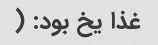
غذا یخ بود: (